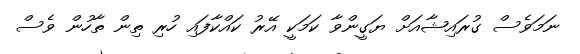
ނަމަވެސް ގުރައިޝާއަށް ޔަގީންވާ ކަމަކީ އޭރު ކައްކާފައި ހުރި ތިން ތާހުން ވެސް